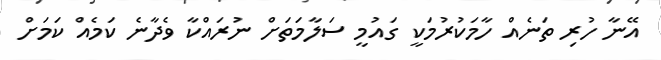
އޭނާ ހުރި ތަނެއް ހާމަކުރުމަކީ ގައުމީ ސަލާމަތަށް ނުރައްކާ ވެދާނެ ކަމެއް ކަމަށް